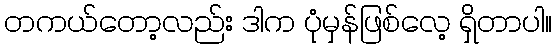
တကယ်တော့လည်း ဒါက ပုံမှန်ဖြစ်လေ့ ရှိတာပါ။